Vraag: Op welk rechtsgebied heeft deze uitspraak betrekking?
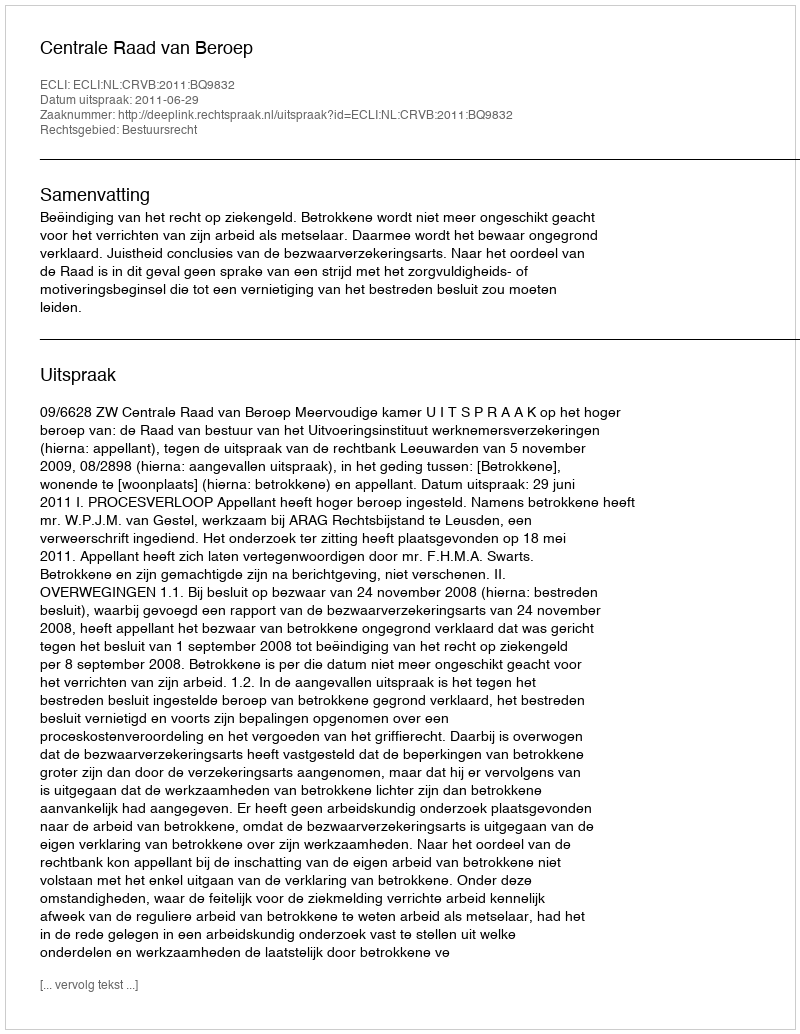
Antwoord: Bestuursrecht